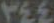
٣٤٤